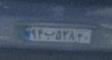
۹۴ب۵۲۸۲۰